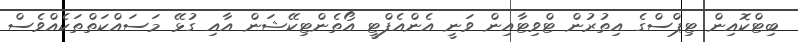
ބިޓްކޮއިން ޓިޕްސްގެ އިތުރުން ޓްވިޓާއިން ވަނީ އެންއެފްޓީ އޯތެންޓިކޭޝަން އާއި ގުޅޭ މަސައްކަތްތަކެއްވެސް